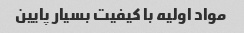
مواد اولیه با کیفیت بسیار پایین